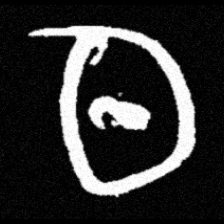
Pyu character \u2014 Myanmar letter: ထ (romanized: tha)